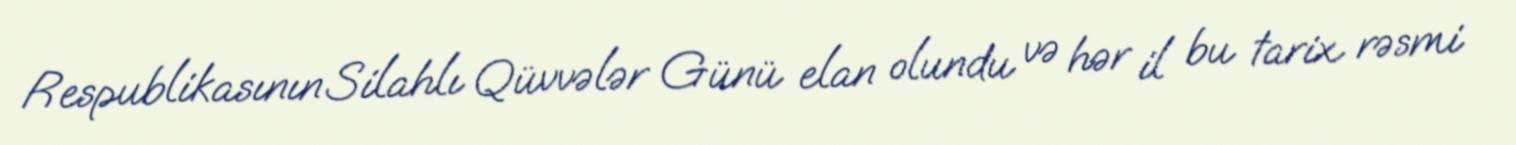
Respublikasının Silahlı Qüvvələr Günü elan olundu və hər il bu tarix rəsmi